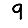
Digit: 9